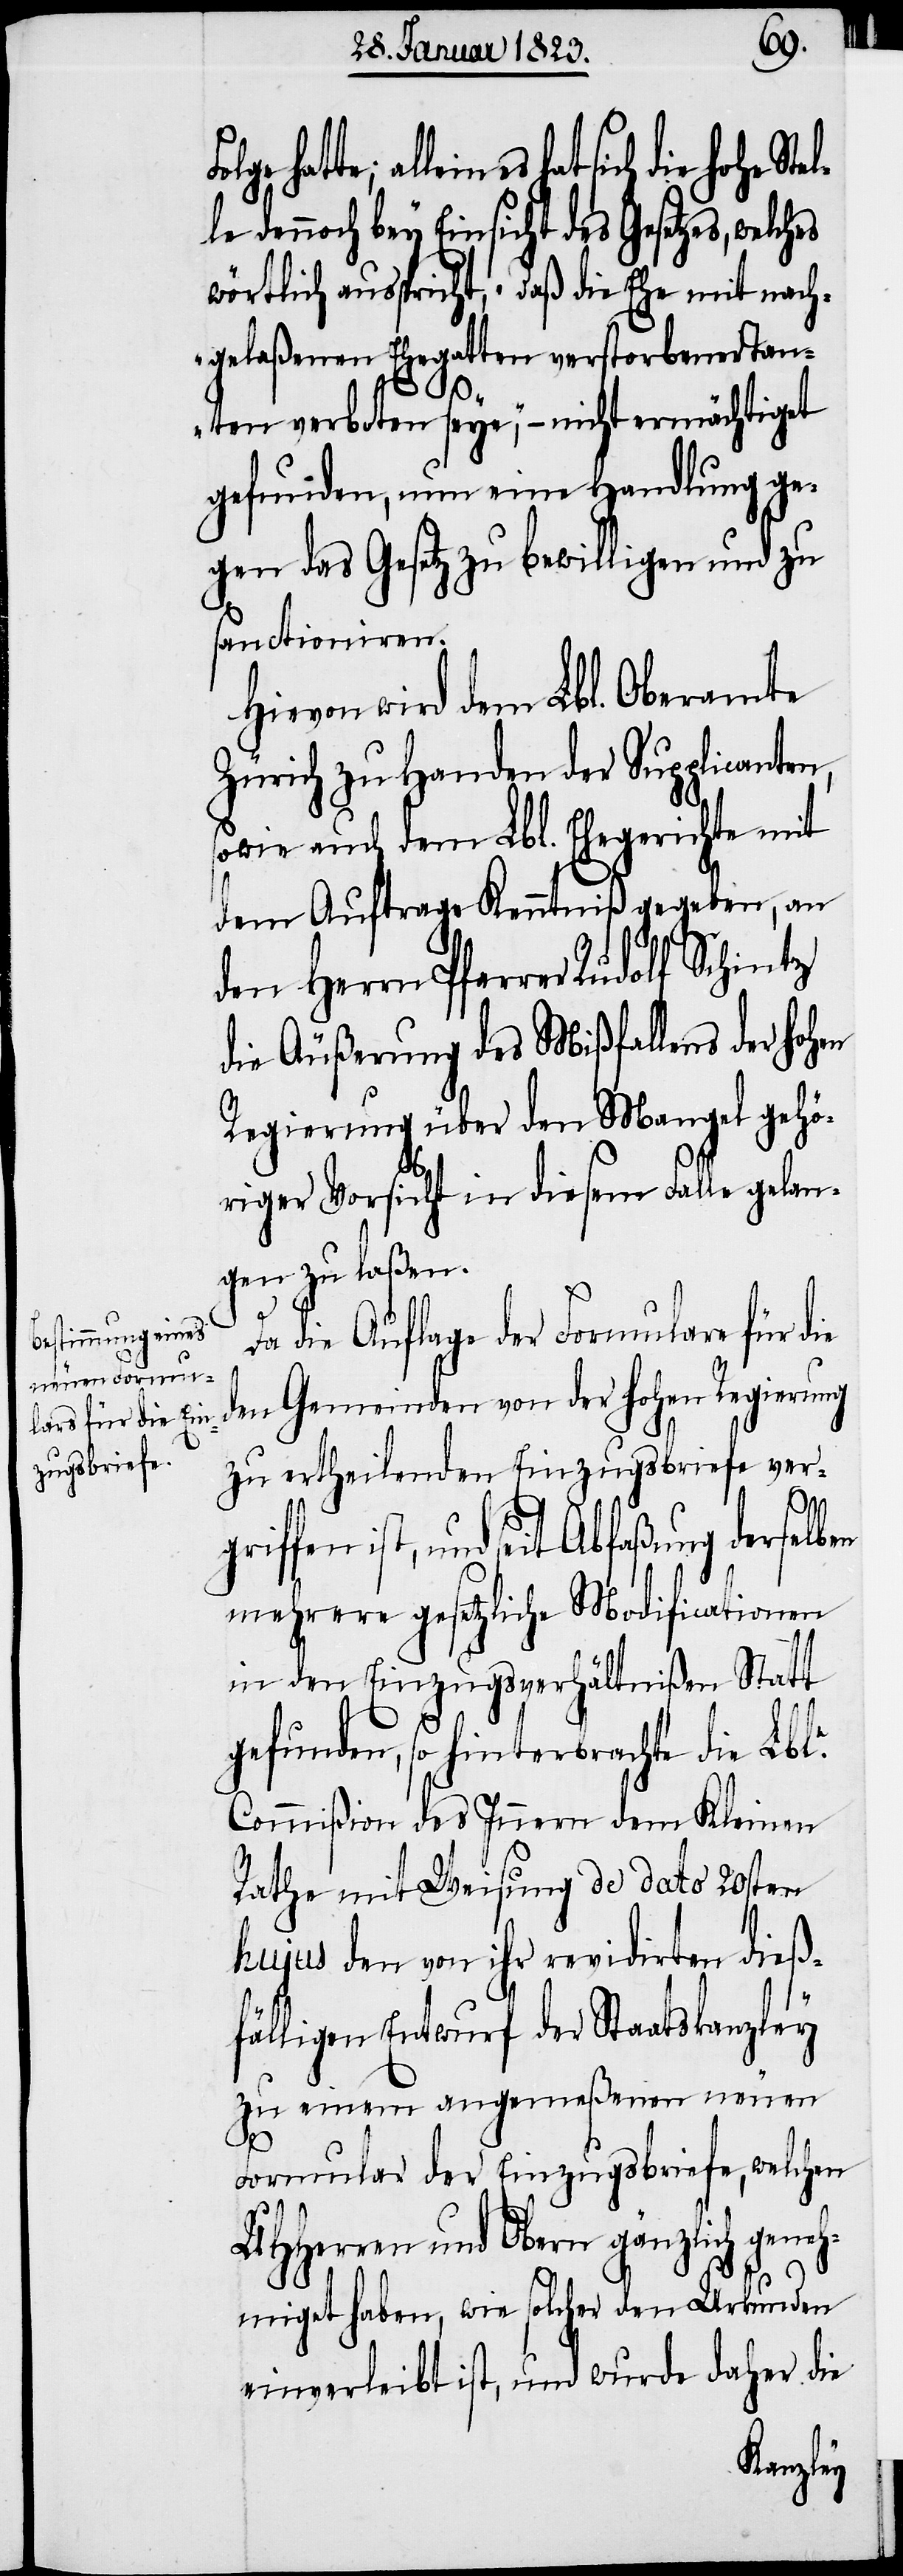
hatte; allein es hat sich die
dennoch bey Einsicht des Gesetzes,
wörtlich ausspricht, „daß die Ehe mit nach¬
gelaßenen Ehegatten verstorbener Tan¬
ten verboten seye,“ – nicht ermächtiget
gefunden, nun eine Handlung ge¬
gen das Gesetz zu bewilligen und zu
sanctioniren.
Hievon wird dem Lbl. Oberamte
Zürich zu Handen der Supplicanten,
sowie auch dem Lbl. Ehegerichte mit
dem Auftrage Kenntniß gegeben, an
den Herrn Pfarrer Rudolf Schintz
die Äußerung des Mißfallens der hohen
Regierung über den Mangel gehö¬
riger Vorsicht in diesem Falle gelan¬
gen zu laßen.
Da die Auflage der Formulare für die
den Gemeinden von der hohen Regierung
zu ertheilenden Einzugsbriefe ver¬
griffen ist, und seit Abfaßung derselben
mehrere gesetzliche Modificationen
in den Einzugsverhältnißen Statt
gefunden, so hinterbrachte die Lble.
Commißion des Innern dem Kleinen
Rathe mit Weisung de dato 20sten
hujus den von ihr revidirten dieß¬
fälligen Entwurf der Staatskanzley
zu einem angemeßenen neuen
Formular der Einzugsbriefe, welchen
UHHerren und Obern gänzlich geneh¬
miget haben, wie solcher den Urkunden
einverleibt ist, und wurde daher die